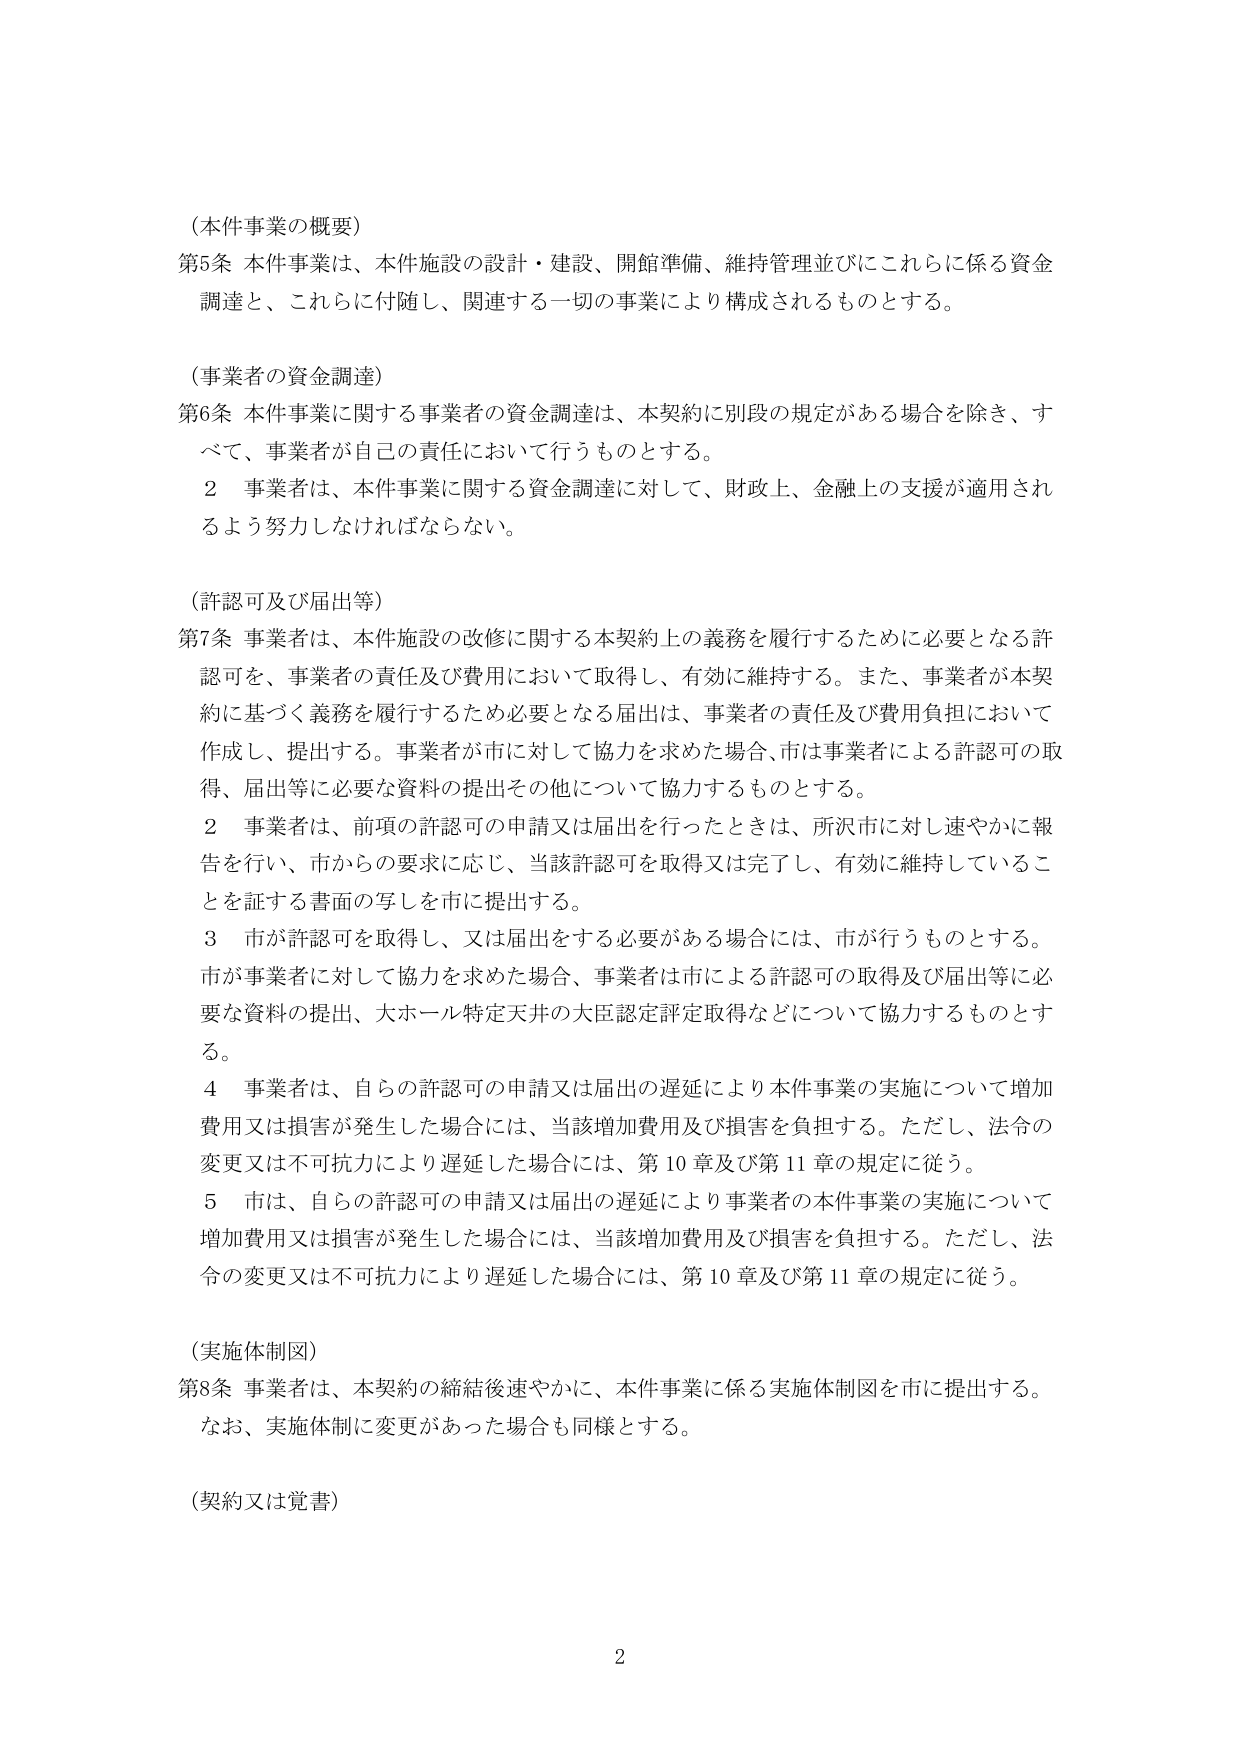
（本件事業の概要）
第5条 本件事業は、本件施設の設計・建設、開館準備、維持管理並びにこれらに係る資金調達と、これらに付随し、関連する一切の事業により構成されるものとする。

（事業者の資金調達）
第6条 本件事業に関する事業者の資金調達は、本契約に別段の規定がある場合を除き、すべて、事業者が自己の責任において行うものとする。
　　２ 事業者は、本件事業に関する資金調達に対して、財政上、金融上の支援が適用されるよう努力しなければならない。

（許認可及び届出等）
第7条 事業者は、本件施設の改修に関する本契約上の義務を履行するために必要となる許認可を、事業者の責任及び費用において取得し、有効に維持する。また、事業者が本契約に基づく義務を履行するため必要となる届出は、事業者の責任及び費用負担において作成し、提出する。事業者が市に対して協力を求めた場合、市は事業者による許認可の取得、届出等に必要な資料の提出その他について協力するものとする。
　　２ 事業者は、前項の許認可の申請又は届出を行ったときは、所沢市に対し速やかに報告を行い、市からの要求に応じ、当該許認可を取得又は完了し、有効に維持していることを証する書面の写しを市に提出する。
　　３ 市が許認可を取得し、又は届出をする必要がある場合には、市が行うものとする。市が事業者に対して協力を求めた場合、事業者は市による許認可の取得及び届出等に必要な資料の提出、大ホール特定天井の大臣認定評定取得などについて協力するものとする。
　　４ 事業者は、自らの許認可の申請又は届出の遅延により本件事業の実施について増加費用又は損害が発生した場合には、当該増加費用及び損害を負担する。ただし、法令の変更又は不可抗力により遅延した場合には、第10章及び第11章の規定に従う。
　　５ 市は、自らの許認可の申請又は届出の遅延により事業者の本件事業の実施について増加費用又は損害が発生した場合には、当該増加費用及び損害を負担する。ただし、法令の変更又は不可抗力により遅延した場合には、第10章及び第11章の規定に従う。

（実施体制図）
第8条 事業者は、本契約の締結後速やかに、本件事業に係る実施体制図を市に提出する。
　　なお、実施体制に変更があった場合も同様とする。

（契約又は覚書）

2